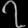
Digit: ၇